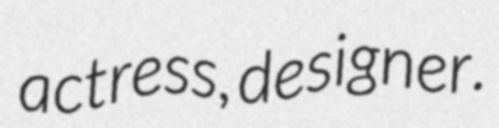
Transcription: actress, designer.